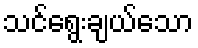
သင်ရွေးချယ်သော